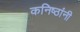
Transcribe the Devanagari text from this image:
कनिष्ठांनी